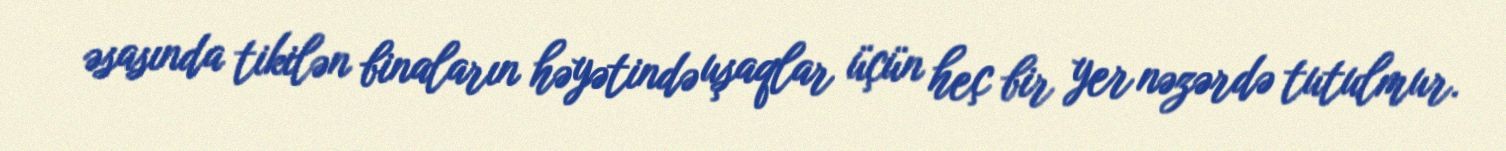
əsasında tikilən binaların həyətində uşaqlar üçün heç bir yer nəzərdə tutulmur.